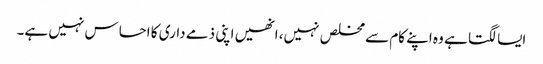
ایسا لگتا ہے وہ اپنے کام سے مخلص نہیں، انھیں اپنی ذمے داری کا احساس نہیں ہے۔